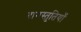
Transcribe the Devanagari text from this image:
दानस्तुतियाँ